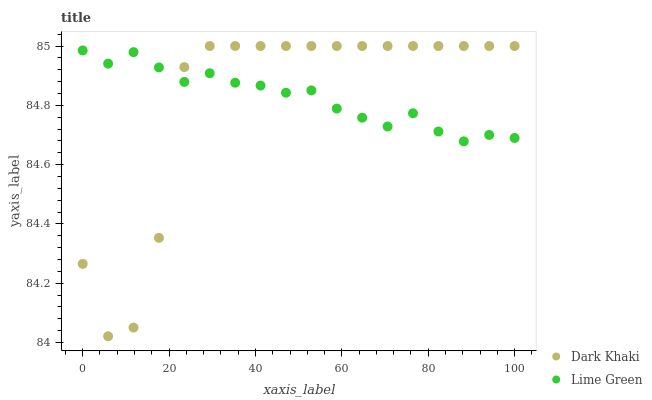
| xaxis_label | Dark Khaki | Lime Green |
 | --- | --- | --- |
 | 0 | 84.3 | 85 |
 | 5.88 | 84 | 84.9 |
 | 11.8 | 84.1 | 85 |
 | 17.6 | 84.4 | 84.9 |
 | 23.5 | 84.9 | 84.9 |
 | 29.4 | 85 | 84.9 |
 | 35.3 | 85 | 84.9 |
 | 41.2 | 85 | 84.9 |
 | 47.1 | 85 | 84.8 |
 | 52.9 | 85 | 84.9 |
 | 58.8 | 85 | 84.8 |
 | 64.7 | 85 | 84.8 |
 | 70.6 | 85 | 84.7 |
 | 76.5 | 85 | 84.8 |
 | 82.4 | 85 | 84.7 |
 | 88.2 | 85 | 84.7 |
 | 94.1 | 85 | 84.7 |
 | 100 | 85 | 84.7 |